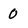
Character: 0